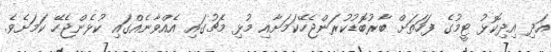
އަދި އިދިކޮޅު ޓީމުގެ ފަހަތަށް ބާރުބޮޑުކުރަންޖެހޭކަމަށާއި މުޅި މެޗުގައި އެއްވާނެއްގައި ކުޅެންޖެހޭ ކަމަށެވެ.